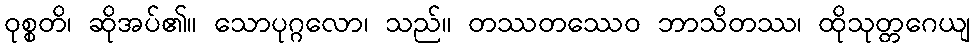
ဝုစ္စတိ၊ ဆိုအပ်၏။ သောပုဂ္ဂလော၊ သည်။ တဿတဿေဝ ဘာသိတဿ၊ ထိုသုတ္တဂေယျ